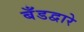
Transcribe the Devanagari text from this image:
बँडद्वारे